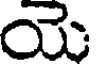
యె